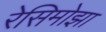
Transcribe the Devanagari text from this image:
रेसिमोझा